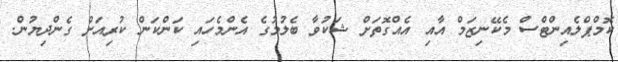
ކޮމްޕްލެއިންޓްސް މެކޭނިޒަމް އާއި އެއްގޮތަށް ޝަކުވާ ބެލުމުގެ އެންމެހައި ކަންކަން ކުރިއަށް ގެންދިޔުން.